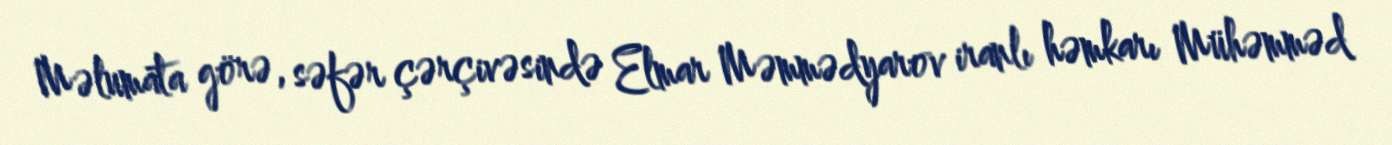
Məlumata görə, səfər çərçivəsində Elmar Məmmədyarov iranlı həmkarı Mühəmməd